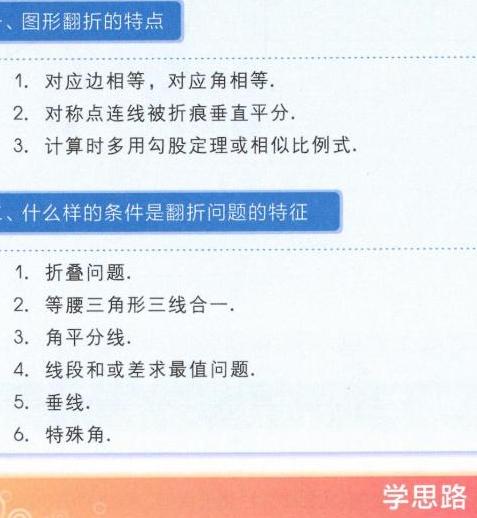
### 一、图形翻折的特点
1. 对应边相等，对应角相等.
2. 对称点连线被折痕垂直平分.
3. 计算时多用勾股定理或相似比例式.

### 二、什么样的条件是翻折问题的特征
1. 折叠问题.
2. 等腰三角形三线合一.
3. 角平分线.
4. 线段和或差求最值问题.
5. 垂线.
6. 特殊角.